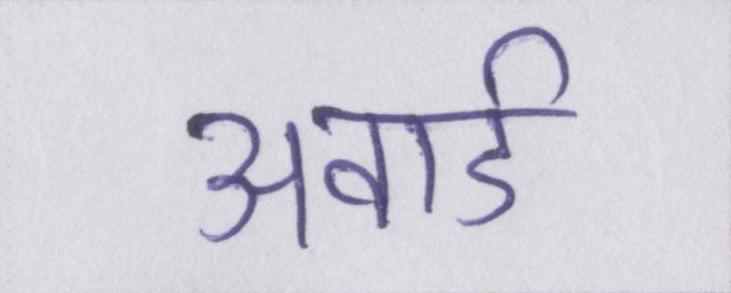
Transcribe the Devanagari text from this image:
अवार्ड